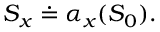
{ \cal S } _ { x } \doteq \alpha _ { x } ( { \cal S } _ { 0 } ) .